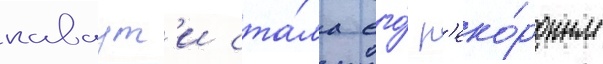
каваут'и ста́ла его́ р'еко́рдным